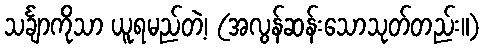
သင်္ချာကိုသာ ယူရမည်တဲ့၊ (အလွန်ဆန်းသောသုတ်တည်း။)